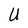
Character: U